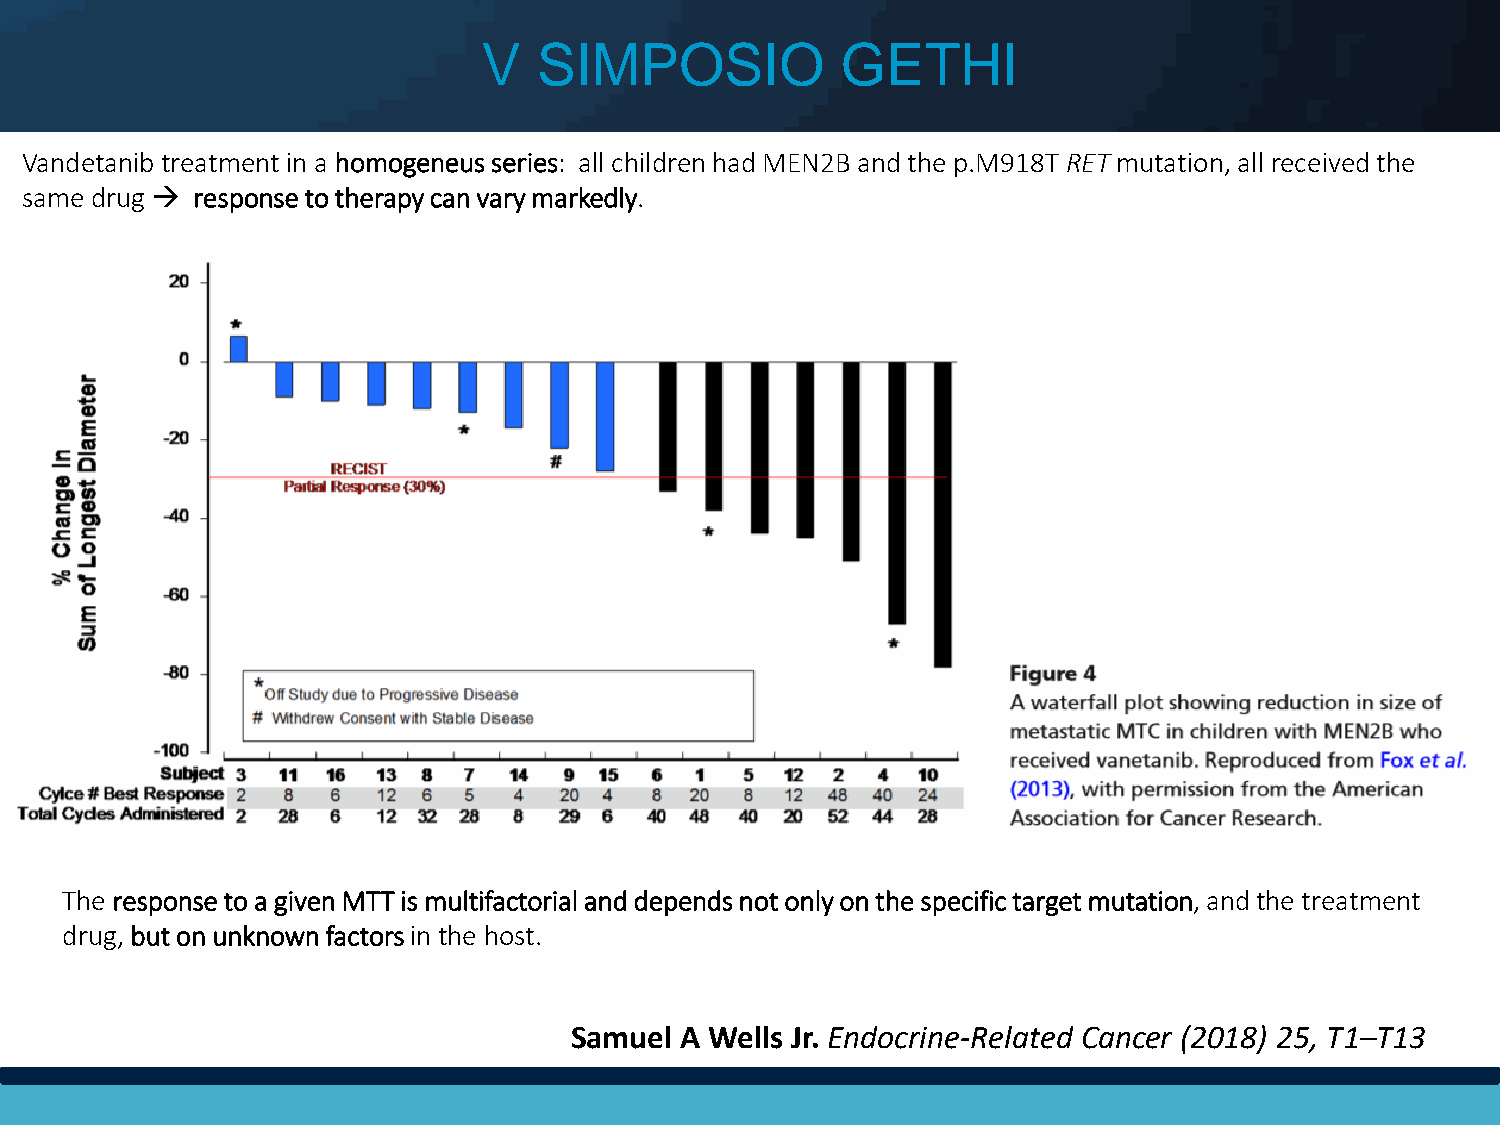
V   SIMPOSIO            GETHI
 Vandetanib treatment in a homogeneus series: all children had MEN2B and the p.M918T RET mutation, all received the
 same drug  response to therapy can vary markedly.
 The response to a given MTT is multifactorial and depends not only on the specific target mutation, and the treatment
 drug, but on unknown factors in the host.
 Samuel A Wells Jr. Endocrine-Related Cancer (2018) 25, T1–T13